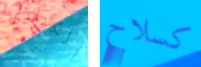
الكناري كسلاح